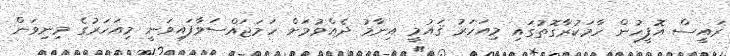
ރައީސް އޮފީހުން ހާމަކުރާގޮތުގައި މިއަހަރު ޤައުމީ އިނާމު ދެއްވުމަށް ހަމަޖައްސަވާފައިވަނީ މިއަހަރުގެ މިނިވަން